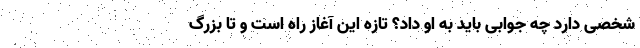
شخصی دارد چه جوابی باید به او داد؟ تازه این آغاز راه است و تا بزرگ